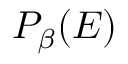
P _ { \beta } ( E )